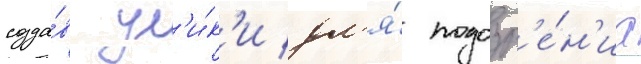
созда́в ул'и́к'и дл'я́ подозр'е́н'иа